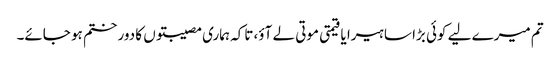
تم میرے لیے کوئی بڑا سا ہیرا یا قیمتی موتی لے آؤ، تاکہ ہماری مصیبتوں کا دور ختم ہو جائے۔